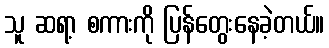
သူ ဆရာ့ စကားကို ပြန်တွေးနေခဲ့တယ်။